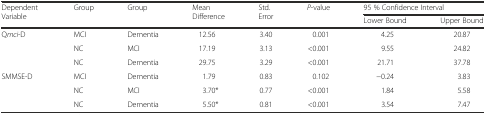
<table><thead><tr><td rowspan="2"><b>Dependent Variable</b></td><td rowspan="2"><b>Group</b></td><td rowspan="2"><b>Group</b></td><td rowspan="2"><b>Mean Difference</b></td><td rowspan="2"><b>Std. Error</b></td><td rowspan="2"><b><i>P</i>-value</b></td><td colspan="2"><b>95 % Confidence Interval</b></td></tr><tr><td><b>Lower Bound</b></td><td><b>Upper Bound</b></td></tr></thead><tbody><tr><td rowspan="3">Q<i>mci</i>-D</td><td>MCI</td><td>Dementia</td><td>12.56</td><td>3.40</td><td>0.001</td><td>4.25</td><td>20.87</td></tr><tr><td>NC</td><td>MCI</td><td>17.19</td><td>3.13</td><td>&lt;0.001</td><td>9.55</td><td>24.82</td></tr><tr><td>NC</td><td>Dementia</td><td>29.75</td><td>3.29</td><td>&lt;0.001</td><td>21.71</td><td>37.78</td></tr><tr><td rowspan="3">SMMSE-D</td><td>MCI</td><td>Dementia</td><td>1.79</td><td>0.83</td><td>0.102</td><td>−0.24</td><td>3.83</td></tr><tr><td>NC</td><td>MCI</td><td>3.70*</td><td>0.77</td><td>&lt;0.001</td><td>1.84</td><td>5.58</td></tr><tr><td>NC</td><td>Dementia</td><td>5.50*</td><td>0.81</td><td>&lt;0.001</td><td>3.54</td><td>7.47</td></tr></tbody></table>